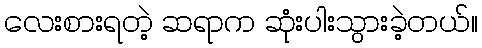
လေးစားရတဲ့ ဆရာက ဆုံးပါးသွားခဲ့တယ်။